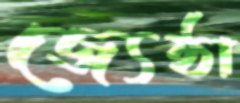
জ্যেষ্ঠা